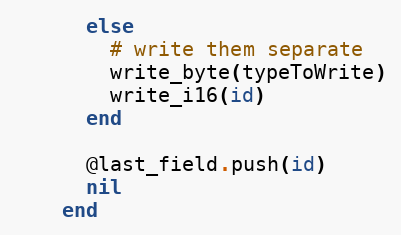
Language: Ruby
      else
        # write them separate
        write_byte(typeToWrite)
        write_i16(id)
      end

      @last_field.push(id)
      nil
    end